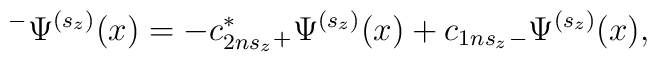
^{-}\Psi ^{(s_z)}(x)=-c_{2ns_z}^{*}{}_{+}\Psi^{(s_z)}(x)+c_{1ns_z}{}_{-}\Psi ^{(s_z)}(x),